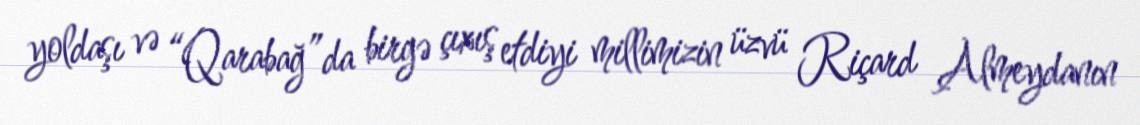
yoldaşı və “Qarabağ”da birgə çıxış etdiyi millimizin üzvü Riçard Almeydanın